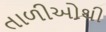
તાળીઓથી